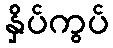
နှိပ်ကွပ်